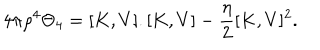
LaTeX: 4 \pi \rho ^ { 4 } \Theta _ { 4 } = [ K , V ] . [ K , V ] - \frac { \eta } { 2 } [ K , V ] ^ { 2 } .